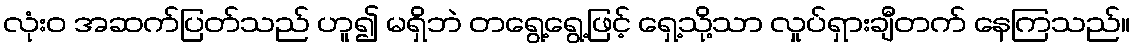
လုံးဝ အဆက်ပြတ်သည် ဟူ၍ မရှိဘဲ တရွေ့ရွေ့ဖြင့် ရှေ့သို့သာ လှုပ်ရှားချီတက် နေကြသည်။